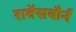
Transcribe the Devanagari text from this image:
रावेंसबौर्न